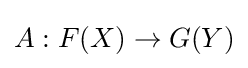
A:F(X)\to G(Y)